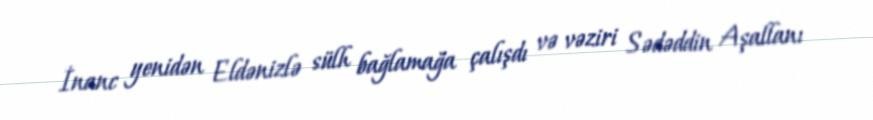
İnanc yenidən Eldənizlə sülh bağlamağa çalışdı və vəziri Sədəddin Aşallanı